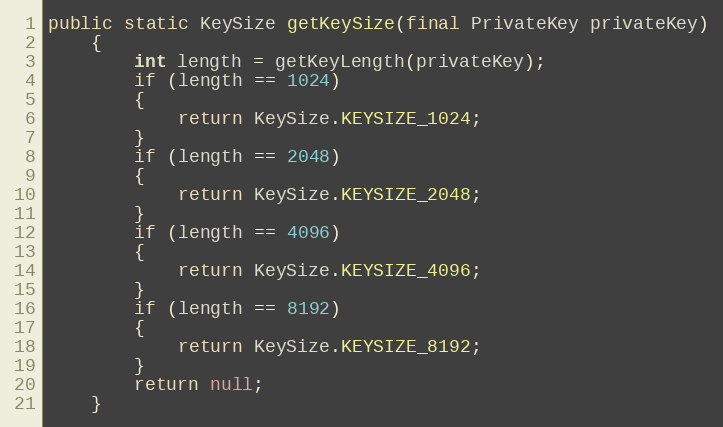
Language: Java
public static KeySize getKeySize(final PrivateKey privateKey)
	{
		int length = getKeyLength(privateKey);
		if (length == 1024)
		{
			return KeySize.KEYSIZE_1024;
		}
		if (length == 2048)
		{
			return KeySize.KEYSIZE_2048;
		}
		if (length == 4096)
		{
			return KeySize.KEYSIZE_4096;
		}
		if (length == 8192)
		{
			return KeySize.KEYSIZE_8192;
		}
		return null;
	}